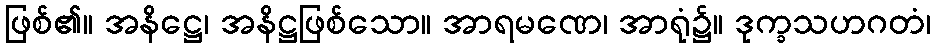
ဖြစ်၏။ အနိဋ္ဌေ၊ အနိဋ္ဌဖြစ်သော။ အာရမဏေ၊ အာရုံ၌။ ဒုက္ခသဟဂတံ၊